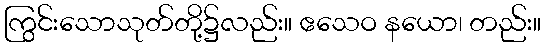
ကြွင်းသောသုတ်တို့၌လည်း။ ဧသေဝ နယော၊ တည်း။